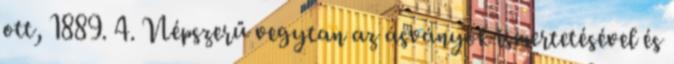
ott, 1889. 4. Népszerű vegytan az ásványok ismertetésével és